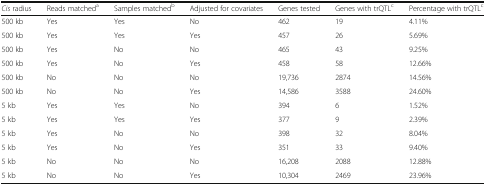
<table><thead><tr><td><b><i>Cis</i> radius</b></td><td><b>Reads matched<sup>a</sup></b></td><td><b>Samples matched<sup>b</sup></b></td><td><b>Adjusted for covariates</b></td><td><b>Genes tested</b></td><td><b>Genes with trQTL<sup>c</sup></b></td><td><b>Percentage with trQTL<sup>c</sup></b></td></tr></thead><tbody><tr><td>500 kb</td><td>Yes</td><td>Yes</td><td>No</td><td>462</td><td>19</td><td>4.11%</td></tr><tr><td>500 kb</td><td>Yes</td><td>Yes</td><td>Yes</td><td>457</td><td>26</td><td>5.69%</td></tr><tr><td>500 kb</td><td>Yes</td><td>No</td><td>No</td><td>465</td><td>43</td><td>9.25%</td></tr><tr><td>500 kb</td><td>Yes</td><td>No</td><td>Yes</td><td>458</td><td>58</td><td>12.66%</td></tr><tr><td>500 kb</td><td>No</td><td>No</td><td>No</td><td>19,736</td><td>2874</td><td>14.56%</td></tr><tr><td>500 kb</td><td>No</td><td>No</td><td>Yes</td><td>14,586</td><td>3588</td><td>24.60%</td></tr><tr><td>5 kb</td><td>Yes</td><td>Yes</td><td>No</td><td>394</td><td>6</td><td>1.52%</td></tr><tr><td>5 kb</td><td>Yes</td><td>Yes</td><td>Yes</td><td>377</td><td>9</td><td>2.39%</td></tr><tr><td>5 kb</td><td>Yes</td><td>No</td><td>No</td><td>398</td><td>32</td><td>8.04%</td></tr><tr><td>5 kb</td><td>Yes</td><td>No</td><td>Yes</td><td>351</td><td>33</td><td>9.40%</td></tr><tr><td>5 kb</td><td>No</td><td>No</td><td>No</td><td>16,208</td><td>2088</td><td>12.88%</td></tr><tr><td>5 kb</td><td>No</td><td>No</td><td>Yes</td><td>10,304</td><td>2469</td><td>23.96%</td></tr></tbody></table>